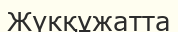
Жүкқұжатта